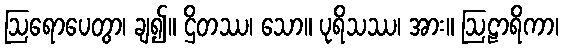
ဩရောပေတွာ၊ ချ၍။ ဌိတဿ၊ သော။ ပုရိသဿ၊ အား။ ဩဠာရိကာ၊